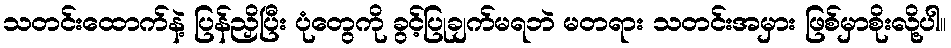
သတင်းထောက်နဲ့ ပြန်ညှိပြီး ပုံတွေကို ခွင့်ပြုချက်မရဘဲ မတရား သတင်းအမှား ဖြစ်မှာစိုးလို့ပါ။